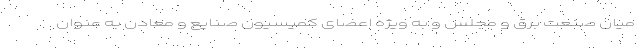
میان صنعت برق و مجلس و به ویژه اعضای کمیسیون صنایع و معادن به عنوان